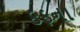
કફના